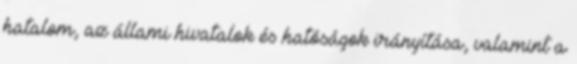
hatalom, az állami hivatalok és hatóságok irányítása, valamint a